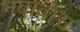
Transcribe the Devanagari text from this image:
नबाबास